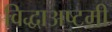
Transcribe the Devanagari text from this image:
विद्धाअष्टमी